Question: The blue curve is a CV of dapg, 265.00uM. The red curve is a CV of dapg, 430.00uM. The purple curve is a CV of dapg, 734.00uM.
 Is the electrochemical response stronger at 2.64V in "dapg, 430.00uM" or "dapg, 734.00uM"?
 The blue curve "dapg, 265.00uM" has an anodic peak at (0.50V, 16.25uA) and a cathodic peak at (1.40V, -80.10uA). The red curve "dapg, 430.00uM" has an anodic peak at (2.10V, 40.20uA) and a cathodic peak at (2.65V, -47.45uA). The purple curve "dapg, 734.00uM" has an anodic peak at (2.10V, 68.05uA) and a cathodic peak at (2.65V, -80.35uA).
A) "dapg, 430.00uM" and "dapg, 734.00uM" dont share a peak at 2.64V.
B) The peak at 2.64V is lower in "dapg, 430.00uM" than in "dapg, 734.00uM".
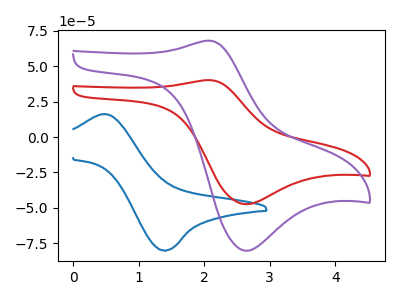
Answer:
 <answer>B) The peak at 2.64V is lower in "dapg, 430.00uM" than in "dapg, 734.00uM".</answer>
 <eval>B</eval>